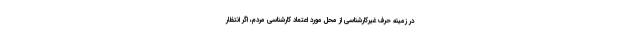
در زمینه حرف غیرکارشناسی از محل مورد اعتماد کارشناسی مردم، اگر انتظار